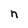
Character: n